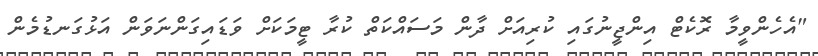
"އެހެންވީމާ ރޮކެޓް އިންޖީނުގައި ކުރިއަށް ދާން މަސައްކަތް ކުރާ ޓީމަކަށް ވަޑައިގަންނަވަން އަޅުގަނޑުމެން